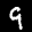
Label: 9